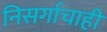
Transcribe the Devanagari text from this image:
निसर्गाचाही